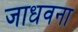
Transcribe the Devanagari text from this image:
जाधवना